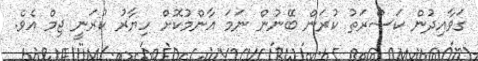
ގަވާއިދުން ކަސްރަތު ކުރަން ބޭނުން ނަމަ އާންމުކޮށް ހިޔާރު ކުރަނީ ޖިމް އެވެ.